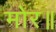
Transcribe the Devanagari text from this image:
मोर॥